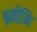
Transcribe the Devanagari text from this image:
श्रमोनि